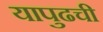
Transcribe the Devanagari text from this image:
यापुढची